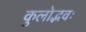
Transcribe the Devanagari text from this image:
कुलोद्भवः